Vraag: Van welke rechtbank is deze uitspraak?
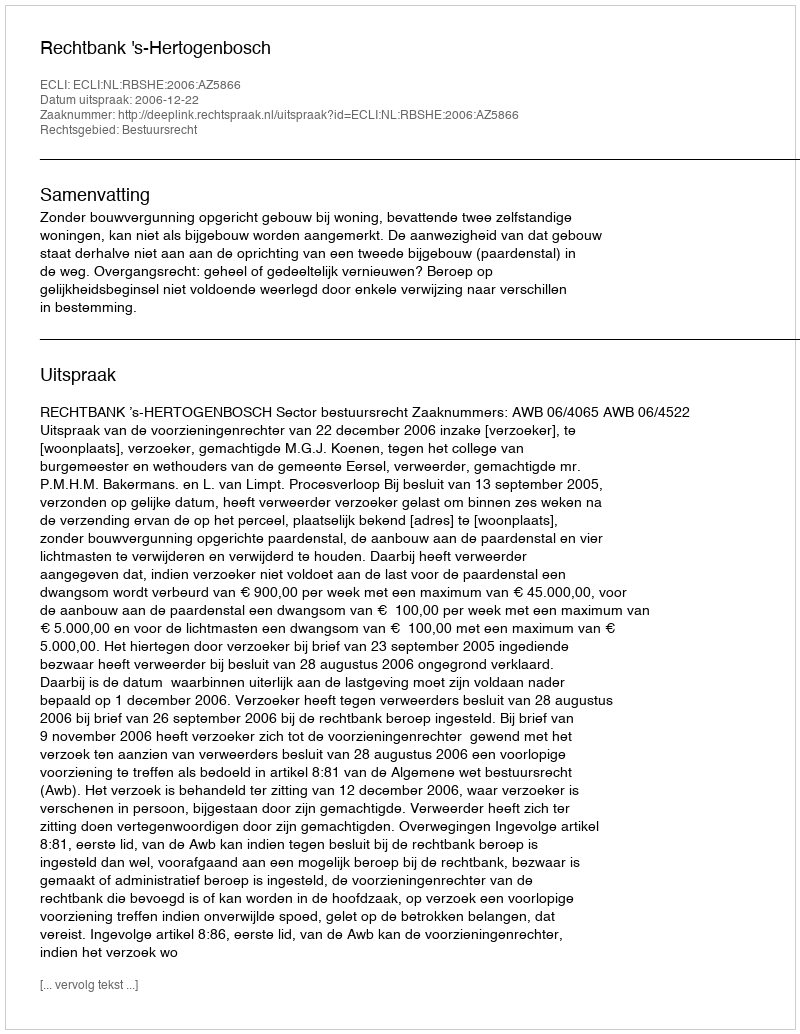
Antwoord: Rechtbank 's-Hertogenbosch